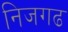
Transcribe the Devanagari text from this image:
निजगढ